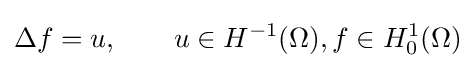
\Delta f=u,\qquad u\in H^{-1}(\Omega ),f\in H_{0}^{1}(\Omega )